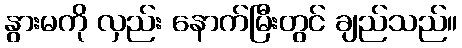
နွားမကို လှည်း နောက်မြီးတွင် ချည်သည်။